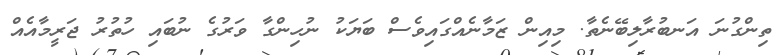
ތިންގުނަ އަނބުރާލިބޭނެތާ. މިއިން ޒަމާނެއްގައިވެސް ބަޔަކު ނުހިންގާ ވަރުގެ ނުބައި ހުތުރު ޖަރީމާއެއް